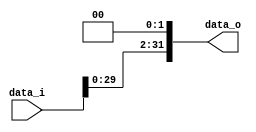
module Shifter (
	input [31:0] data_i,
	output [31:0] data_o
);

assign data_o[1:0] = 0;
assign data_o[31:2] = data_i[29:0];

endmodule